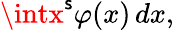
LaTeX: \intx^{\mathsf{s}}\varphi(x)\, dx,